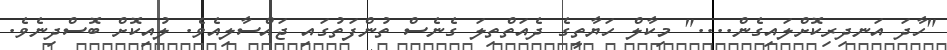
"ހާދަ އަނދިރިކޮށްލައިގެން...." މިކާލް ހަޔާތީގެ ދެއަތްތިލަ ގެނެސް ތުންފަތުގައި ޖައްސާލިއެވެ. ލުއިކޮށް ބޮސްދިނެވެ.